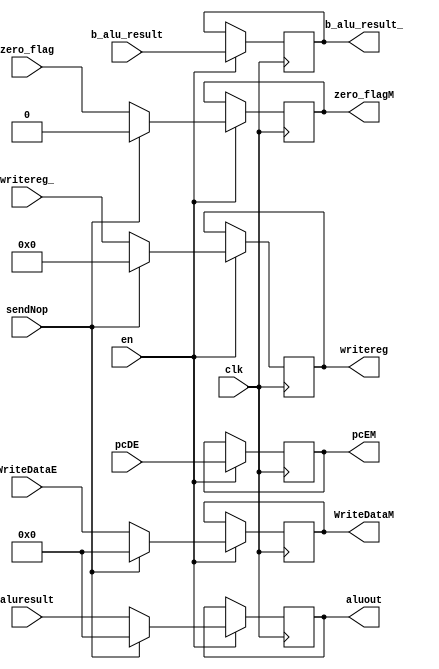
module alureg(input clk, en,
              input [31:0] pcDE,
              input [31:0] aluresult,
              input zero_flag,
              input [31:0] b_alu_result,
              input [31:0] WriteDataE,
              input [4:0] writereg_,
              input sendNop,
              output reg [31:0] aluout,
              output reg zero_flagM,
              output reg [31:0] b_alu_result_,
              output reg [31:0] WriteDataM,
              output reg [4:0] writereg,
              output reg [31:0] pcEM);

always @ (posedge clk)
if(en) begin
    if (sendNop) begin
        aluout <= 0;
        zero_flagM <= 0;
        b_alu_result_ <= b_alu_result;
        WriteDataM <= 0;
        writereg <= 0;
        pcEM <= pcDE; 
    end
    else begin
        aluout <= aluresult;
        zero_flagM <= zero_flag;
        b_alu_result_ <= b_alu_result;
        WriteDataM <= WriteDataE;
        writereg <= writereg_;
        pcEM <= pcDE;        
    end
end

endmodule